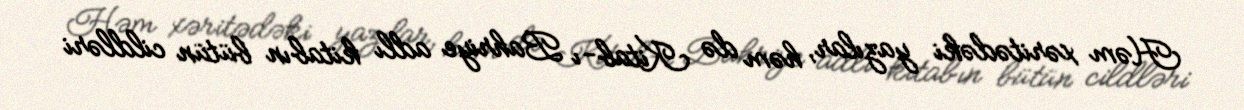
Həm xəritədəki yazılar, həm də Kitab-ı Bahriye adlı kitabın bütün cildləri